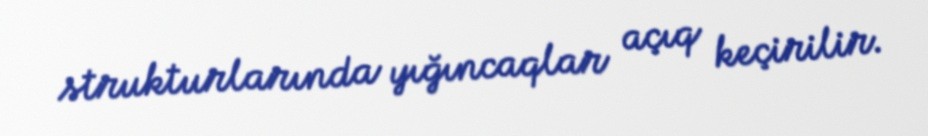
strukturlarında yığıncaqlar açıq keçirilir.